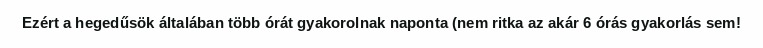
Ezért a hegedűsök általában több órát gyakorolnak naponta (nem ritka az akár 6 órás gyakorlás sem!